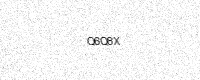
Text: Q6Q8X